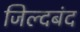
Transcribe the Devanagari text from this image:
जिल्दबंद